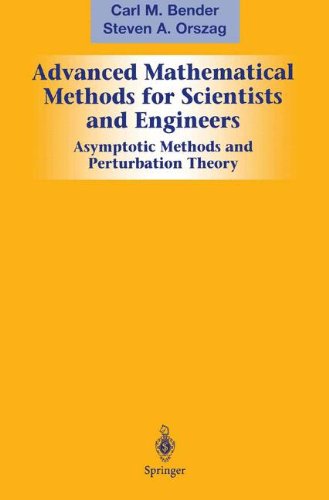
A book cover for Advanced Mathematical Methods for Scientists and Engineers: Asymptotic Methods and Perturbation Theory; Carl M. Bender; Science & Math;